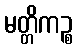
မတ္တိကဉ္စ